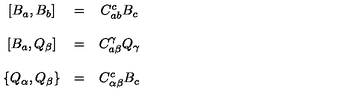
\begin{array} { c c c } { \left[ B _ { a } , B _ { b } \right] } & { = } & { C _ { a b } ^ { c } B _ { c } } \\ { } & { } & { } \\ { \left[ B _ { a } , Q _ { \beta } \right] } & { = } & { C _ { a \beta } ^ { \gamma } Q _ { \gamma } } \\ { } & { } & { } \\ { \left\{ Q _ { \alpha } , Q _ { \beta } \right\} } & { = } & { C _ { \alpha \beta } ^ { c } B _ { c } } \\ \end{array}